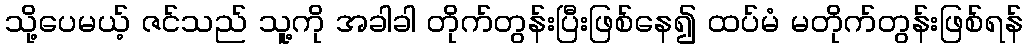
သို့ပေမယ့် ဇင်သည် သူ့ကို အခါခါ တိုက်တွန်းပြီးဖြစ်နေ၍ ထပ်မံ မတိုက်တွန်းဖြစ်ရန်